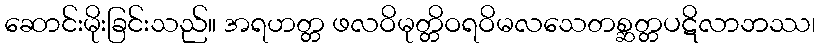
ဆောင်းမိုးခြင်းသည်။ အရဟတ္တ ဖလဝိမုတ္တိဝရဝိမလသေတစ္ဆတ္တပဋိလာဘဿ၊